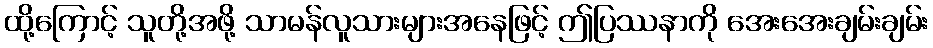
ထို့ကြောင့် သူတို့အဖို့ သာမန်လူသားများအနေဖြင့် ဤပြဿနာကို အေးအေးချမ်းချမ်း